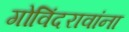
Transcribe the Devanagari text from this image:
गोविंदरावांना